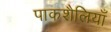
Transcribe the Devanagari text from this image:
पाकशैलियाँ